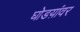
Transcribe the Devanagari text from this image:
घोडय़ांवर